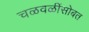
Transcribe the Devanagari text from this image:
चळवळींसोबत